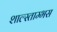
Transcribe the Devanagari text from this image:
शाल्स्ताम्भस